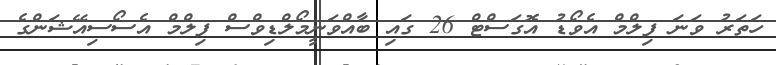
ހަތަރު ވަނަ ފިލްމް އެވޯޑު އޮގަސްޓް 26 ގައި ބާއްވަނީމޯލްޑިވްސް ފިލްމް އެސޯސިއޭޝަންގެ